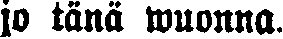
jo tänä wuonna.